Vaccination in Burma 1920-1933 - 1920-1933
Year: 1920
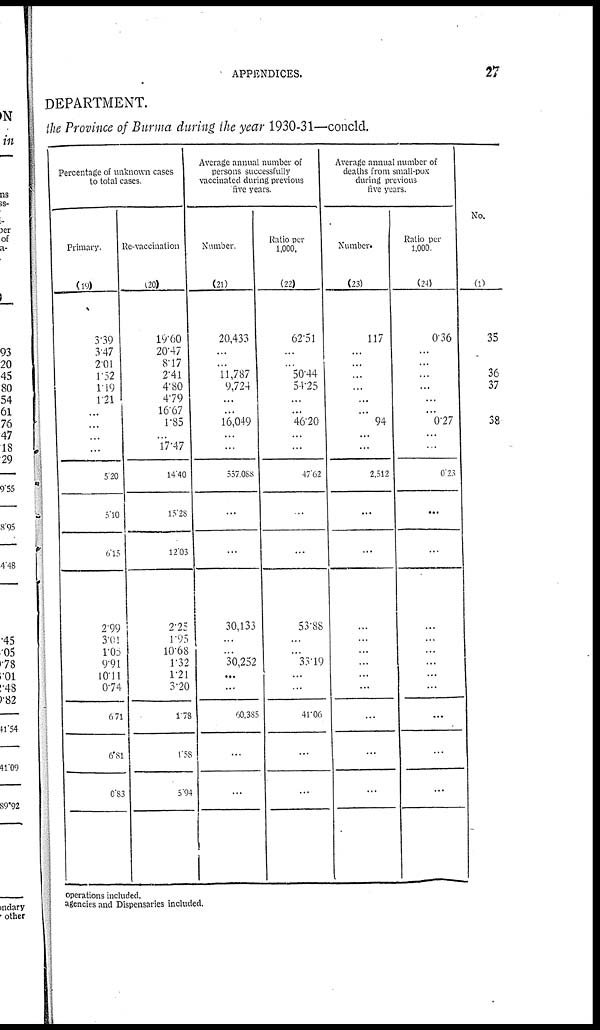
APPENDICES.
27
DEPARTMENT.
the Province of Burma during the year 1930-31—concld.
Percentage of unknown cases
to total cases.
Primary.
(19)
3.39
3.47
2.01
1.52
1.19
1.21
...
...
...
...
5.20
5.10
6.15
2.99
3.01
1.05
9.91
10.11
0.74
6.71
6.81
0.83
Re-vaccination
(20)
19.60
20.47
8.17
2.41
4.80
4.79
16.67
1.85
...
17.47
14.40
15.28
12.03
2.25
1.95
10.68
1.32
1.21
3.20
1.78
1.58
5.94
Average annual number of
persons successfully
vaccinated during previous
five years.
Number.
(21)
20,433
...
...
11,787
9,724
...
...
16,049
...
...
557,088
...
...
30,133
...
...
30,252
...
...
60,385
...
...
Ratio per
1,000.
(22)
62.51
...
...
50.44
54.25
...
...
46.20
...
...
47.62
...
...
53.88
...
...
33.19
...
...
41.06
...
...
Average annual number of
deaths from small-pox
during previous
five years.
Number.
(23)
117
...
...
...
...
...
...
94
...
...
2,512
...
...
...
...
...
...
...
...
...
...
...
Ratio per
1,000
(24)
0.36
...
...
...
...
...
...
0.27
...
...
0.23
...
...
...
...
...
...
...
...
...
...
...
No.
(1)
35
36
37
38
operations included.
agencies and Dispensaries included.